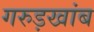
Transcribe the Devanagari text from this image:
गरुड़खांब